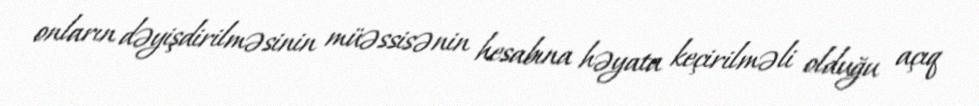
onların dəyişdirilməsinin müəssisənin hesabına həyata keçirilməli olduğu açıq